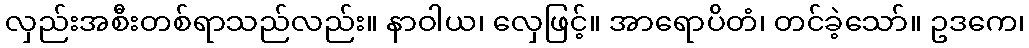
လှည်းအစီးတစ်ရာသည်လည်း။ နာဝါယ၊ လှေဖြင့်။ အာရောပိတံ၊ တင်ခဲ့သော်။ ဥဒကေ၊